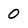
Character: 0